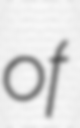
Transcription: of